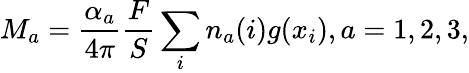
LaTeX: M_{a}=\frac{\alpha_{a}}{4\pi}\frac FS\sum_{i}n_{a}(i)g(x_{i}),a=1,2,3,